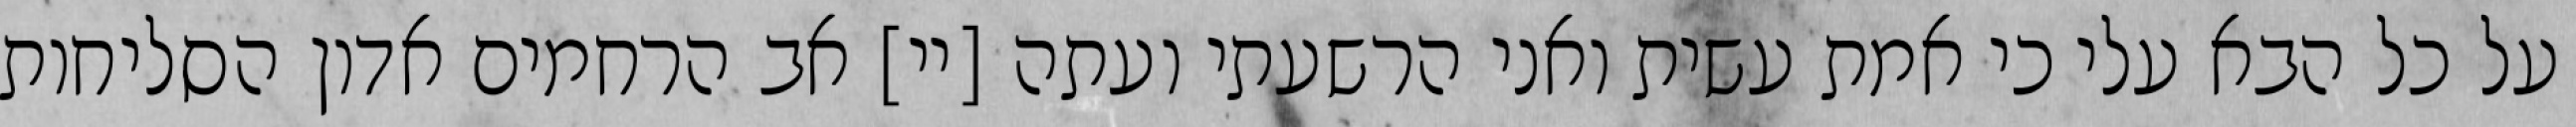
על כל הבא עלי כי אמת עשית ואני הרשעתי ועתה [יי] אב הרחמים אדון הסליחות